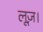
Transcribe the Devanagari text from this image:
लूज़।